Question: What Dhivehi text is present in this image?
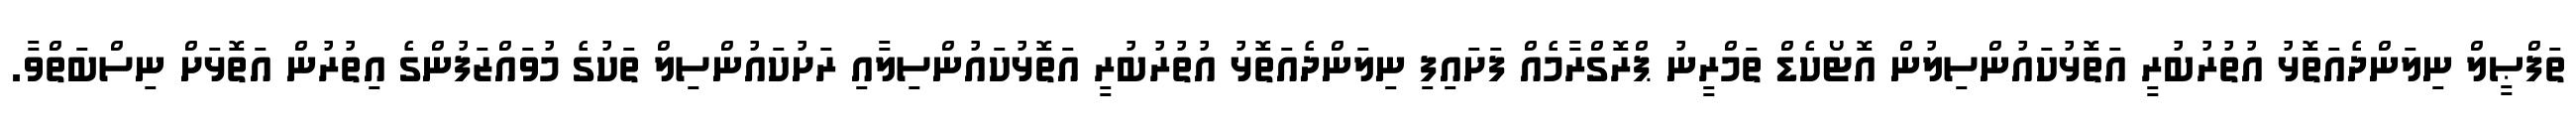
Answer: ތަފްޞީލް ނިލަންދެއަތޮޅު އުތުރުބުރީ އަތޮޅުކައުންސިލުން އޮޓޯކެޑް ތަމްރީނު ޕްރޮގްރާމެއް ފަށައިފި ނިލަންދެއަތޮޅު އުތުރުބުރީ އަތޮޅުކައުންސިލާއި ރަށުކައުންސިލް ތަކުގެ މުވައްޒަފުންގެ އިތުރުން އަތޮޅަށް ނިސްބަތްވާ.